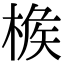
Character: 𣔹